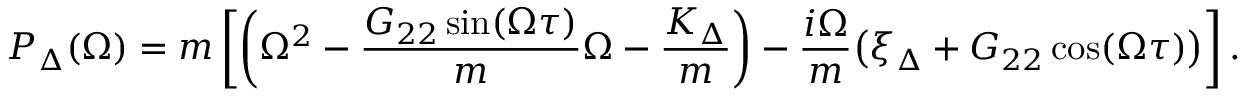
P _ { \Delta } ( \Omega ) = m \left[ \left( \Omega ^ { 2 } - \frac { G _ { 2 2 } \sin ( \Omega \tau ) } { m } \Omega - \frac { K _ { \Delta } } { m } \right) - \frac { i \Omega } { m } \big ( \xi _ { \Delta } + G _ { 2 2 } \cos ( \Omega \tau ) \big ) \right] .